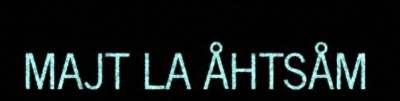
MAJT LA ÅHTSÅM